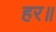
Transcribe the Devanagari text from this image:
हर॥